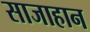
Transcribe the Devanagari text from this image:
साजाहान